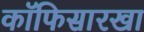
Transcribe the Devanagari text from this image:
कॉफिसारखा